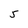
Character: 5